King Institute of Preventive Medicine Micro-Biological Section reports 1912-19
Year: 1912
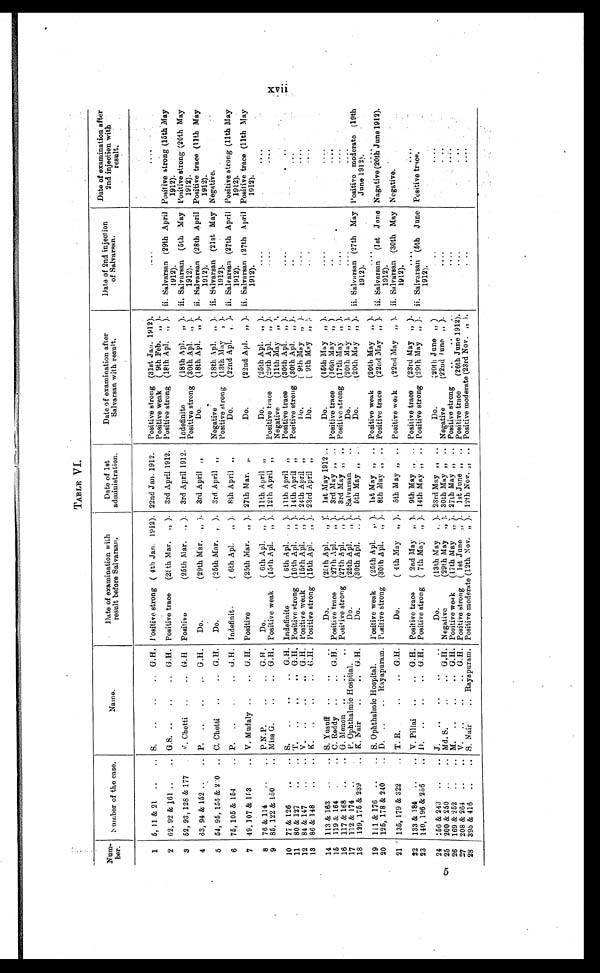
TABLE VI.
Num-
ber.
Number of the case.
Name.
Date of examination with
result before Salvarsan.
Date of 1st
administration.
Date of examination after
Salvarsan with result.
Date of 2nd injection
of Salvarsan.
Date of examination after
2nd injection with
result.
1
5, 11 & 21 . . .
S. . . .G.H.
Positive strong ( 4th Jan. 1912). 22nd Jan. 1912.
Positive strong (31st Jan. 1912).
. . .
. . .
P o s i t i v e w e a k ( 9 t h F e b " ) .
2 62, 92 & 161 . . .
G.S. . . . G.H.
Positive trace
(28th Mar. " ).
3rd April 1912.
Positive strong (18th Apl, " ). ii. Salvarsan (29th April
1 9 1 2 ) .
P Positive strong (15th May
1912).
3
52, 93, 128 & 177
V. Chetti . . . G.H.
Positive (25th Mar. " ).
3rd April 1912. Indefinite (18th Apl. " ). ii. Salvarsan (5th May
1 9 1 2 ) .
Positive strong (20th May
1912).
Positive strong (30th Apl. " ).
4
63, 94 & 152 . . .
P. . . . G.H.
Do. (29th Mar. " ).
3rd April "
Do. (18th Apl. „ ). ii. Salvarsan (28th April
1912).
Positive trace (11th May
1912).
5
54, 95, 155 & 220 . . .
C. Chetti . . . G.H.
Do. (25th Mar. " ).
3rd April "
Negative (18th Apl. " ). ii. Salvarsan (21st May
1912).
Negative.
Positive strong (13th May ' ).
6
75, 105 & 154 . . .
P. . . .G.H. Indefinit. ( 6th Apl. " ).
8th April "
Do. (22nd Apl. " ). ii. Salvarsan (27th April
1 9 1 2 ) .
Positive strong (11th May
1912).
7
49, 107 & 153 . . .
V. Mudaly . . . G.H.
Positive (25th Mar. " ). 27th Mar. "
Do. (22nd Apl. " ). ii. Salvarsan (27th April
1 9 1 2 ) .
Positive trace (11th May
1 9 1 2 ) .
8
76 & 114 . . .
P.N.P. . . . G.H.
Do. ( 6th Apl. " ). 11th April "
Do. (25th Apl. " ).
. . .
. . .
9
86, 122 & 150 . . .
Miss G . . . G.H. Positive weak (15th Apl. " ). 12th April "
Positive trace (29th Apl." ).
. . .
. . .
Negative (11th May " ).
10
77 & 126 . . .
S. . . .
G.H. Indefinite ( 6th Apl. " ). 11th April "
Positive trace (30th Apl. " ).
. . .
. . .
1 1
80 & 127 . . . .
T. . . .
G.H. Positive strong (10th Apl. " ). 14th April "
Positive strong (30th Apl. " ).
. . .
. . .
12
84 & 147 . . .
V. . . .
G.H. Positive weak (15th Apl." ). 24th April "
Do. (9th May " ).
. . .
. . .
13
86 & 148 . . .
K. . . .G.H . Positive strong (15th Apl. " ). 23rd April "
Do.
( 9th May " ).
. . .
. . .
14
113 & 163
. . .
S. Yusuff. . .
Do.
(25th Apl. " ).
1st May 1912 . . .
Do. (15th May " ).
. . .
. . .
15
119 & 164 . . .
C. Reddy . . . G.H.
Positive trace
(27th Apl." ).
3rd May " . . .
Positive trace (16th May " ).
. . .
. . .
16
117 & 168 . . .
G. Menon . . .
Positive strong (27th Apl." ).
3rd May " . . .
Positive strong (17th May " ).
. . .
. . .
17
112 & 174 . . .
P. Ophthalmic Hospital.
Do.
(25th Apl." ). Salvarsan . . .
Do. (20th May " ).
. . .
. . .
18
129, 175 & 239 . . .
K. Nair . . . G
.H.
Do.
(30th Apl. " ).
5th May "
Do.
(20th May " ). ii. Salvarsan (27th May
1912).
Positive moderate (19th
June 1912).
19
111 & 176 . . .
S. Ophthalmic Hospital.
Positive weak (25th Apl. " ).
1st May ". . .
Positive weak
(20th May " ).
. . .
. . .
20
125, 178 & 240. . .
D. . . .
Rayapuram. Positive strong (30th Apl." ).
8th May " . . .
Positive trace (22nd May " ). ii. Salvarsan (1st June
1 9 1 2 ) .
Nagative (20th June 1912).
21
135, 179 & 322 . . .
T. R. . . .G.H.
Do. ( 4th May " ).
5th May " . . .
Positive weak ( 22nd May " ). ii. Salvarsan (30th May
1912).
Negative.
22
133 & 184 . . .
V. Pillai . . . G
.H. Positive trace ( 2nd May " ).
9th May " . . .
Positive trace (23rd May " ).
. . .
. . .
23
140, 196 & 256 . . .
D. . . .
G.H. Positive strong ( 7th May " ). 14th May " . . .
Positive strong (29th May " ). ii. Salvarsan (5th June
1912).
Positive trace.
24
l56 & 243 . . .
J.. . .
Do. (
13th May " ). 23rd May " . . .
Do. (20th June " ).
. . .
. . .
25
200 & 250 . . .
Md. S. . . . G.H. Negative (29th May " ). 30th May " . . .
Negative
(22nd June " ).
. . .
. . .
26
169 & 252 . . .
M. . . . G.H. Positive weak
(17th May " ). 27th May " . . .
Positive strong . . .
. . .
. . .
27
208 & 264 . . .
V. . . . G.H. Positive strong ( 1st June " ).
1st June " . . .
Positive trace (26th June 1912).
. . .
. . .
28
395 & 416 . . .
S. Nair . . . Rayapuram. Positive moderate (12th Nov. " ). 12th Nov. " . . . Positive moderate (23rd Nov. " ).
. . .
. . .
XVii